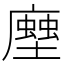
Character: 𧑢